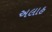
અલાહ